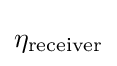
\eta _{\mathrm {receiver} }